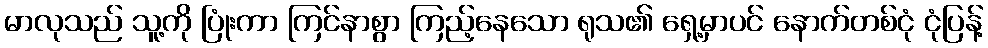
မာလုသည် သူ့ကို ပြုံးကာ ကြင်နာစွာ ကြည့်နေသော ရုသ၏ ရှေ့မှာပင် နောက်တစ်ငုံ ငုံပြန့်